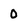
Character: 0